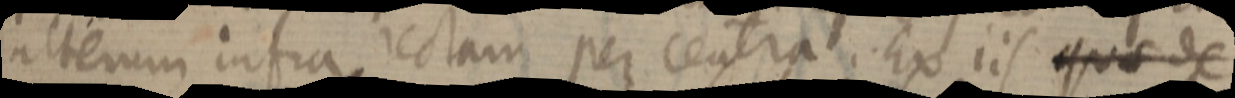
alterum infra, rectam per centra. Ex iis quae de